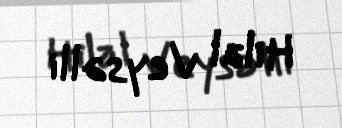
Hilal Veysəlli